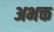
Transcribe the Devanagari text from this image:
अभक्त